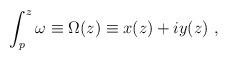
LaTeX: \begin{align*}\int_p^z \omega \equiv \Omega(z) \equiv x(z) + i y(z) ~ ,\end{align*}